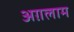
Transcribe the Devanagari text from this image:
अग़लाम